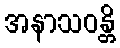
အနာသဝန္တိ